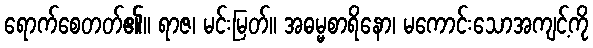
ရောက်စေတတ်၏။ ရာဇ၊ မင်းမြတ်။ အဓမ္မစာရိနော၊ မကောင်းသောအကျင့်ကို